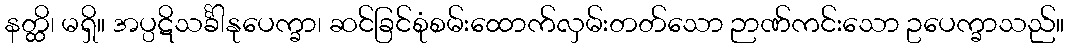
နတ္ထိ၊ မရှိ။ အပ္ပဋိသင်္ခါနုပေက္ခာ၊ ဆင်ခြင်စုံစမ်းထောက်လှမ်းတတ်သော ဉာဏ်ကင်းသော ဥပေက္ခာသည်။